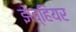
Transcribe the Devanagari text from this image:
झेव्हियर